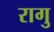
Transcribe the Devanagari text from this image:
रागु